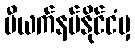
ဗီယက်နမ်နိုင်ငံမှ